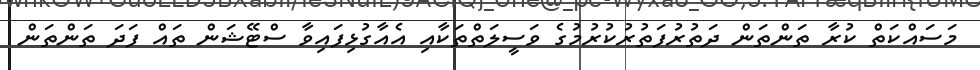
މަސައްކަތް ކުރާ ތަންތަން ދަތުރުފަތުރުކުރުމުގެ ވަސީލަތްތަކާއި އެއާގުޅިފައިވާ ސްޓޭޝަން ތައް ފަދަ ތަންތަން